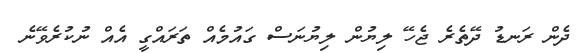
ދެން ރަނޑު ދޭތެރެ ޖެހޭ ލިޔުން ލިޔުނަސް ގައުމެއް ތަރައްގީ އެެއް ނުކުރެވޭނެ